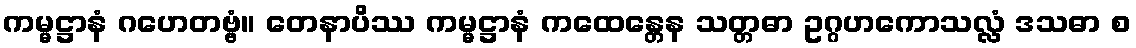
ကမ္မဋ္ဌာနံ ဂဟေတဗ္ဗံ။ တေနာပိဿ ကမ္မဋ္ဌာနံ ကထေန္တေန သတ္တဓာ ဥဂ္ဂဟကောသလ္လံ ဒသဓာ စ